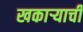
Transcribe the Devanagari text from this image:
खकाऱ्याची